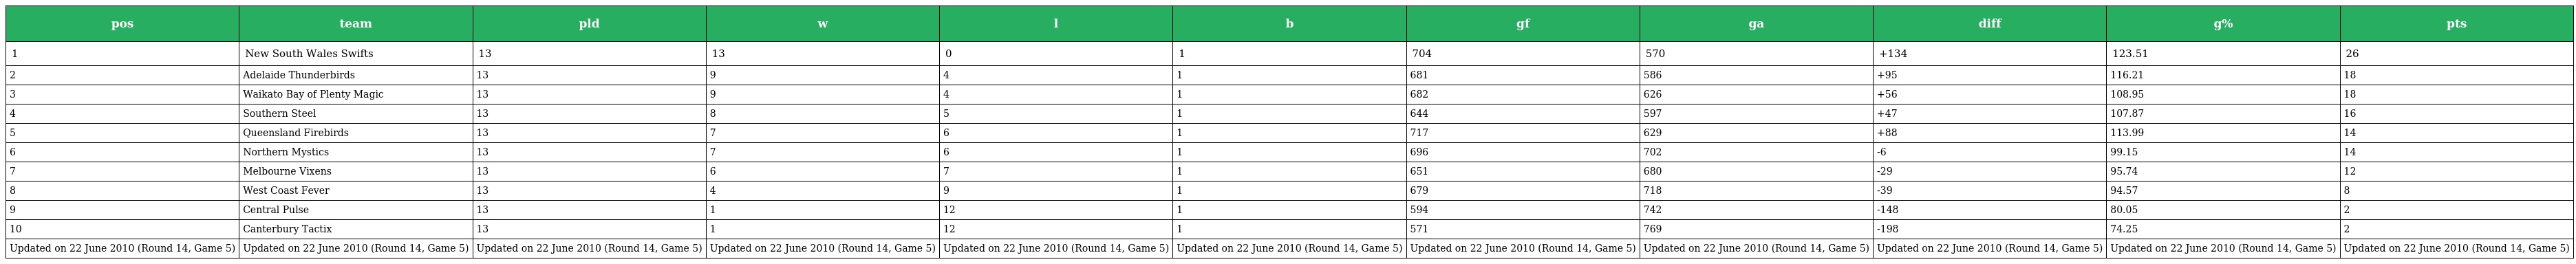
| pos | team | pld | w | l | b | gf | ga | diff | g% | pts |
 | --- | --- | --- | --- | --- | --- | --- | --- | --- | --- | --- |
 | 1 | New South Wales Swifts | 13 | 13 | 0 | 1 | 704 | 570 | +134 | 123.51 | 26 |
 | 2 | Adelaide Thunderbirds | 13 | 9 | 4 | 1 | 681 | 586 | +95 | 116.21 | 18 |
 | 3 | Waikato Bay of Plenty Magic | 13 | 9 | 4 | 1 | 682 | 626 | +56 | 108.95 | 18 |
 | 4 | Southern Steel | 13 | 8 | 5 | 1 | 644 | 597 | +47 | 107.87 | 16 |
 | 5 | Queensland Firebirds | 13 | 7 | 6 | 1 | 717 | 629 | +88 | 113.99 | 14 |
 | 6 | Northern Mystics | 13 | 7 | 6 | 1 | 696 | 702 | -6 | 99.15 | 14 |
 | 7 | Melbourne Vixens | 13 | 6 | 7 | 1 | 651 | 680 | -29 | 95.74 | 12 |
 | 8 | West Coast Fever | 13 | 4 | 9 | 1 | 679 | 718 | -39 | 94.57 | 8 |
 | 9 | Central Pulse | 13 | 1 | 12 | 1 | 594 | 742 | -148 | 80.05 | 2 |
 | 10 | Canterbury Tactix | 13 | 1 | 12 | 1 | 571 | 769 | -198 | 74.25 | 2 |
 | Updated on 22 June 2010 (Round 14, Game 5) | Updated on 22 June 2010 (Round 14, Game 5) | Updated on 22 June 2010 (Round 14, Game 5) | Updated on 22 June 2010 (Round 14, Game 5) | Updated on 22 June 2010 (Round 14, Game 5) | Updated on 22 June 2010 (Round 14, Game 5) | Updated on 22 June 2010 (Round 14, Game 5) | Updated on 22 June 2010 (Round 14, Game 5) | Updated on 22 June 2010 (Round 14, Game 5) | Updated on 22 June 2010 (Round 14, Game 5) | Updated on 22 June 2010 (Round 14, Game 5) |